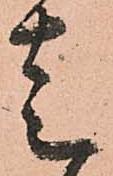
走